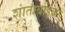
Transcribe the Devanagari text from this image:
शांताबाईंवर